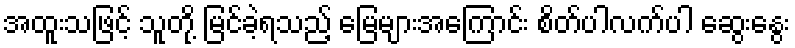
အထူးသဖြင့် သူတို့ မြင်ခဲ့ရသည့် မြေများအကြောင်း စိတ်ပါလက်ပါ ဆွေးနွေး